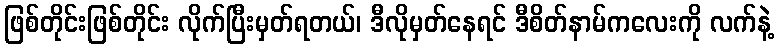
ဖြစ်တိုင်းဖြစ်တိုင်း လိုက်ပြီးမှတ်ရတယ်၊ ဒီလိုမှတ်နေရင် ဒီစိတ်နာမ်ကလေးကို လက်နဲ့